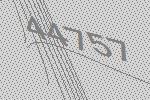
44757